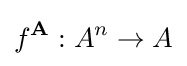
f^{\mathbf {A} }:A^{n}\to A